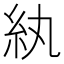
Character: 紈